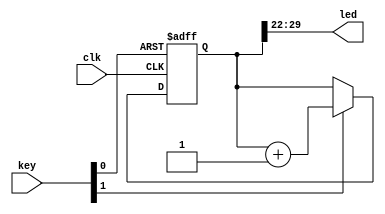
module top
(
    input        clk,
    input  [1:0] key,
    output [7:0] led
);

    wire rst_n = key [0];
    wire en    = key [1];

    reg [31:0] cnt;
    
    always @ (posedge clk or negedge rst_n)
        if (! rst_n)
            cnt <= 0;
        else if (en)
            cnt <= cnt + 1;

    assign led = cnt [29:22];

endmodule